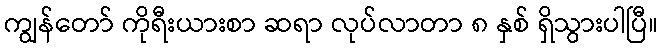
ကျွန်တော် ကိုရီးယားစာ ဆရာ လုပ်လာတာ ၈ နှစ် ရှိသွားပါပြီ။